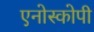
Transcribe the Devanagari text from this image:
एनोस्कोपी